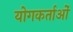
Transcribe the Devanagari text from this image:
योगकर्ताओं